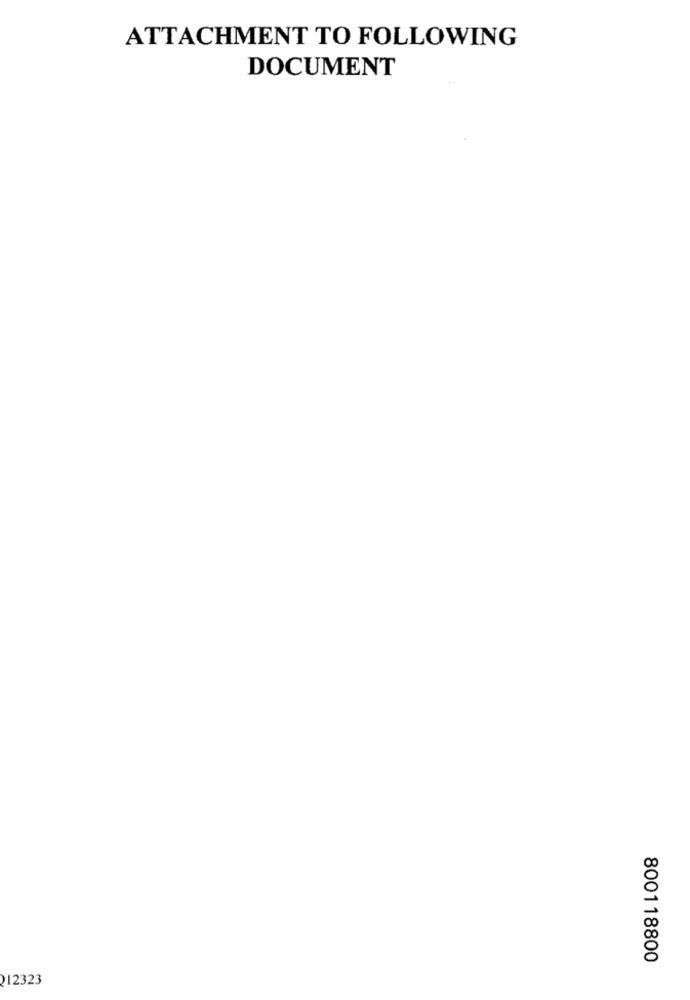
ATTACHMENT TO FOLLOWING
DOCUMENT
800118800
212323